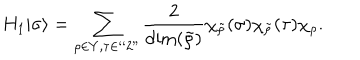
H _ { 1 } | \sigma \rangle = \sum _ { \rho \in Y , \tau \in ` ` 2 " } { \frac { 2 } { \dim ( \tilde { \rho } ) } } \chi _ { \tilde { \rho } } ( \sigma ) \chi _ { \tilde { \rho } } ( \tau ) \chi _ { \rho } .